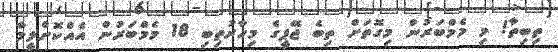
ތިބިތާ! މި މެމްބަރުން މިގޮތަށް ތިބެ ޖޭޕީގެ މިހާރުތިބި 18 މެމްބަރުން އެއްކޮށްލީމާ